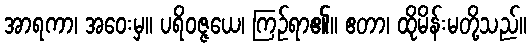
အာရကာ၊ အဝေးမှ။ ပရိဝဇ္ဇယေ၊ ကြဉ်ရာ၏။ ဧတာ၊ ထိုမိန်းမတို့သည်။